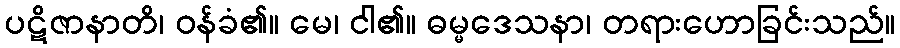
ပဋိဇာနာတိ၊ ဝန်ခံ၏။ မေ၊ ငါ၏။ ဓမ္မဒေသနာ၊ တရားဟောခြင်းသည်။